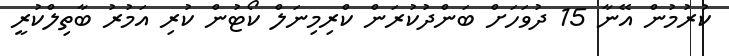
ކުރުމުން އޭނާ 15 ދުވަހަށް ބަންދުކުރަން ކްރިމިނަލް ކޯޓުން ކުރި އަމުރު ބާތިލްކުރީ